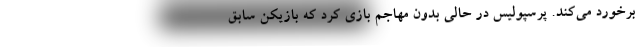
برخورد می‌کند. پرسپولیس در حالی بدون مهاجم بازی کرد که بازیکن سابق